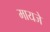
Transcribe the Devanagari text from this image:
मायजे